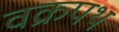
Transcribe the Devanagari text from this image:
वक्रपथ